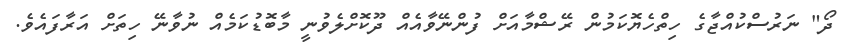
ދޯ" ނަރުސްކުއްޖާގެ ހިތްހެޔޮކަމުން ރޭޝްމާއަށް ފުންނޭވާއެއް ދޫކޮށްލެވުނީ މާބޮޑުކަމެއް ނުވާނޭ ހިތަށް އަރާފައެވެ.